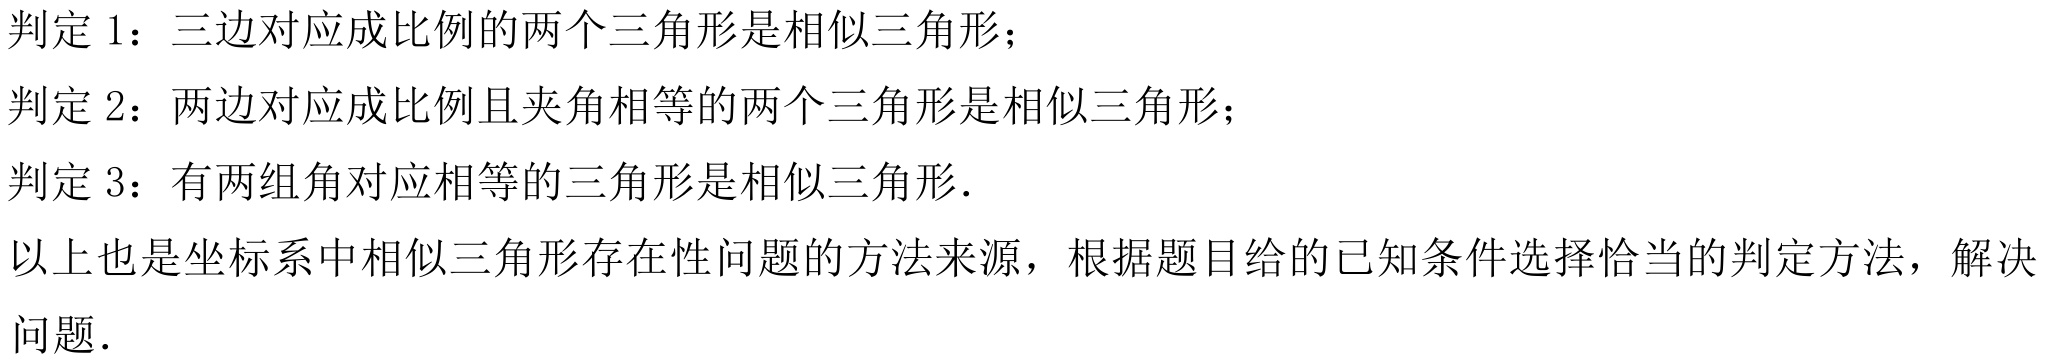
判定 1：三边对应成比例的两个三角形是相似三角形；
判定 2：两边对应成比例且夹角相等的两个三角形是相似三角形；
判定 3：有两组角对应相等的三角形是相似三角形．

以上也是坐标系中相似三角形存在性问题的方法来源，根据题目给的已知条件选择恰当的判定方法，解决
问题．